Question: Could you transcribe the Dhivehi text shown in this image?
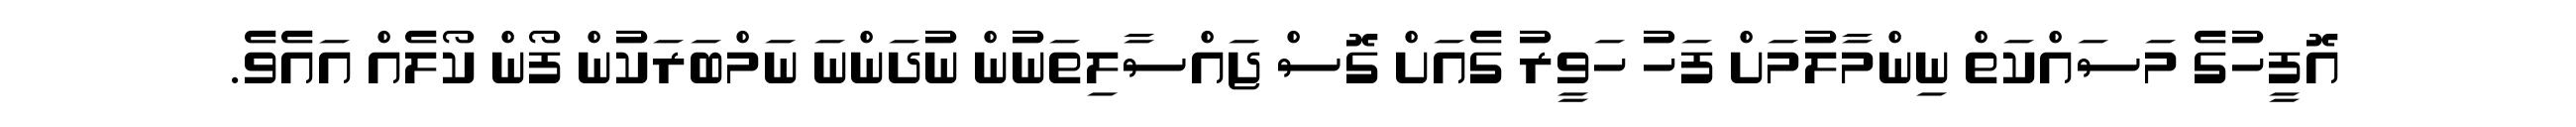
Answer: އޮފީހުގެ މަސައްކަތް ނިންމާލުމަށް ފަހު ހަވީރު ގެއަށް ގޮސް ޖައްސާލިތަނުން ނުދަންނަ ނަމްބަރަކުން ފޯން ކޯލެއް އައެވެ.